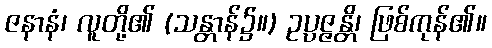
ဇနာနံ၊ လူတို့၏ (သန္တာန်၌။) ဥပ္ပဇ္ဇန္တိ၊ ဖြစ်ကုန်၏။